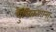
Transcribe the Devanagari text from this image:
धुलिकणांना